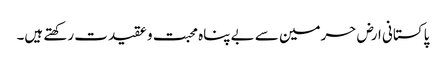
پاکستانی ارض حرمین سے بے پناہ محبت و عقیدت رکھتے ہیں۔